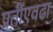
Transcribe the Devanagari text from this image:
प्रतींएवढा